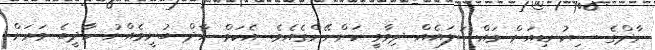
ނާދްގެ ސިކުނޑިއަށް މައްސަލައެއް ދިމާވީ ކަންނޭންގެއެވެ. އެކަމް ނާދް ބުނީމެއްނު ހާދީބެ ވަރަށް